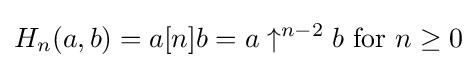
H_{n}(a,b)=a[n]b=a\uparrow ^{n-2}b{\text{ for }}n\geq 0